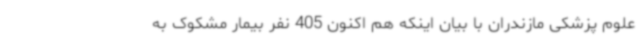
علوم پزشکی مازندران با بیان اینکه هم اکنون 405 نفر بیمار مشکوک به